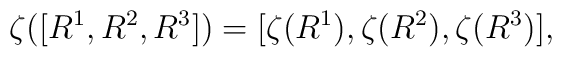
\zeta([R^{1},R^{2},R^{3}])=          [\zeta(R^{1}),\zeta(R^{2}),\zeta(R^{3})],